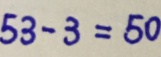
5 3 - 3 = 5 0